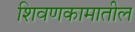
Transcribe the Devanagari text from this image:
शिवणकामातील